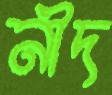
নীদ